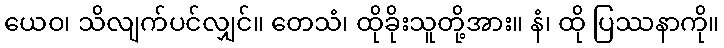
ယေဝ၊ သိလျက်ပင်လျှင်။ တေသံ၊ ထိုခိုးသူတို့အား။ နံ၊ ထို ပြဿနာကို။